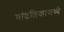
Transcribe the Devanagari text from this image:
मांडलिकामध्ये